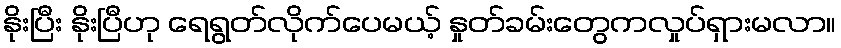
နိုးပြီး နိုးပြီဟု ရေရွတ်လိုက်ပေမယ့် နှုတ်ခမ်းတွေကလှုပ်ရှားမလာ။